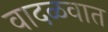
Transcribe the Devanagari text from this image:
वादळवात